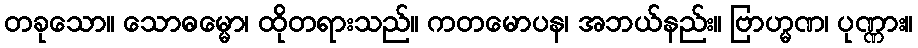
တခုသော။ သောဓမ္မော၊ ထိုတရားသည်။ ကတမောပန၊ အဘယ်နည်း။ ဗြာဟ္မဏ၊ ပုဏ္ဏား။